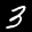
Label: 3